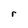
Character: r